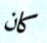
كان